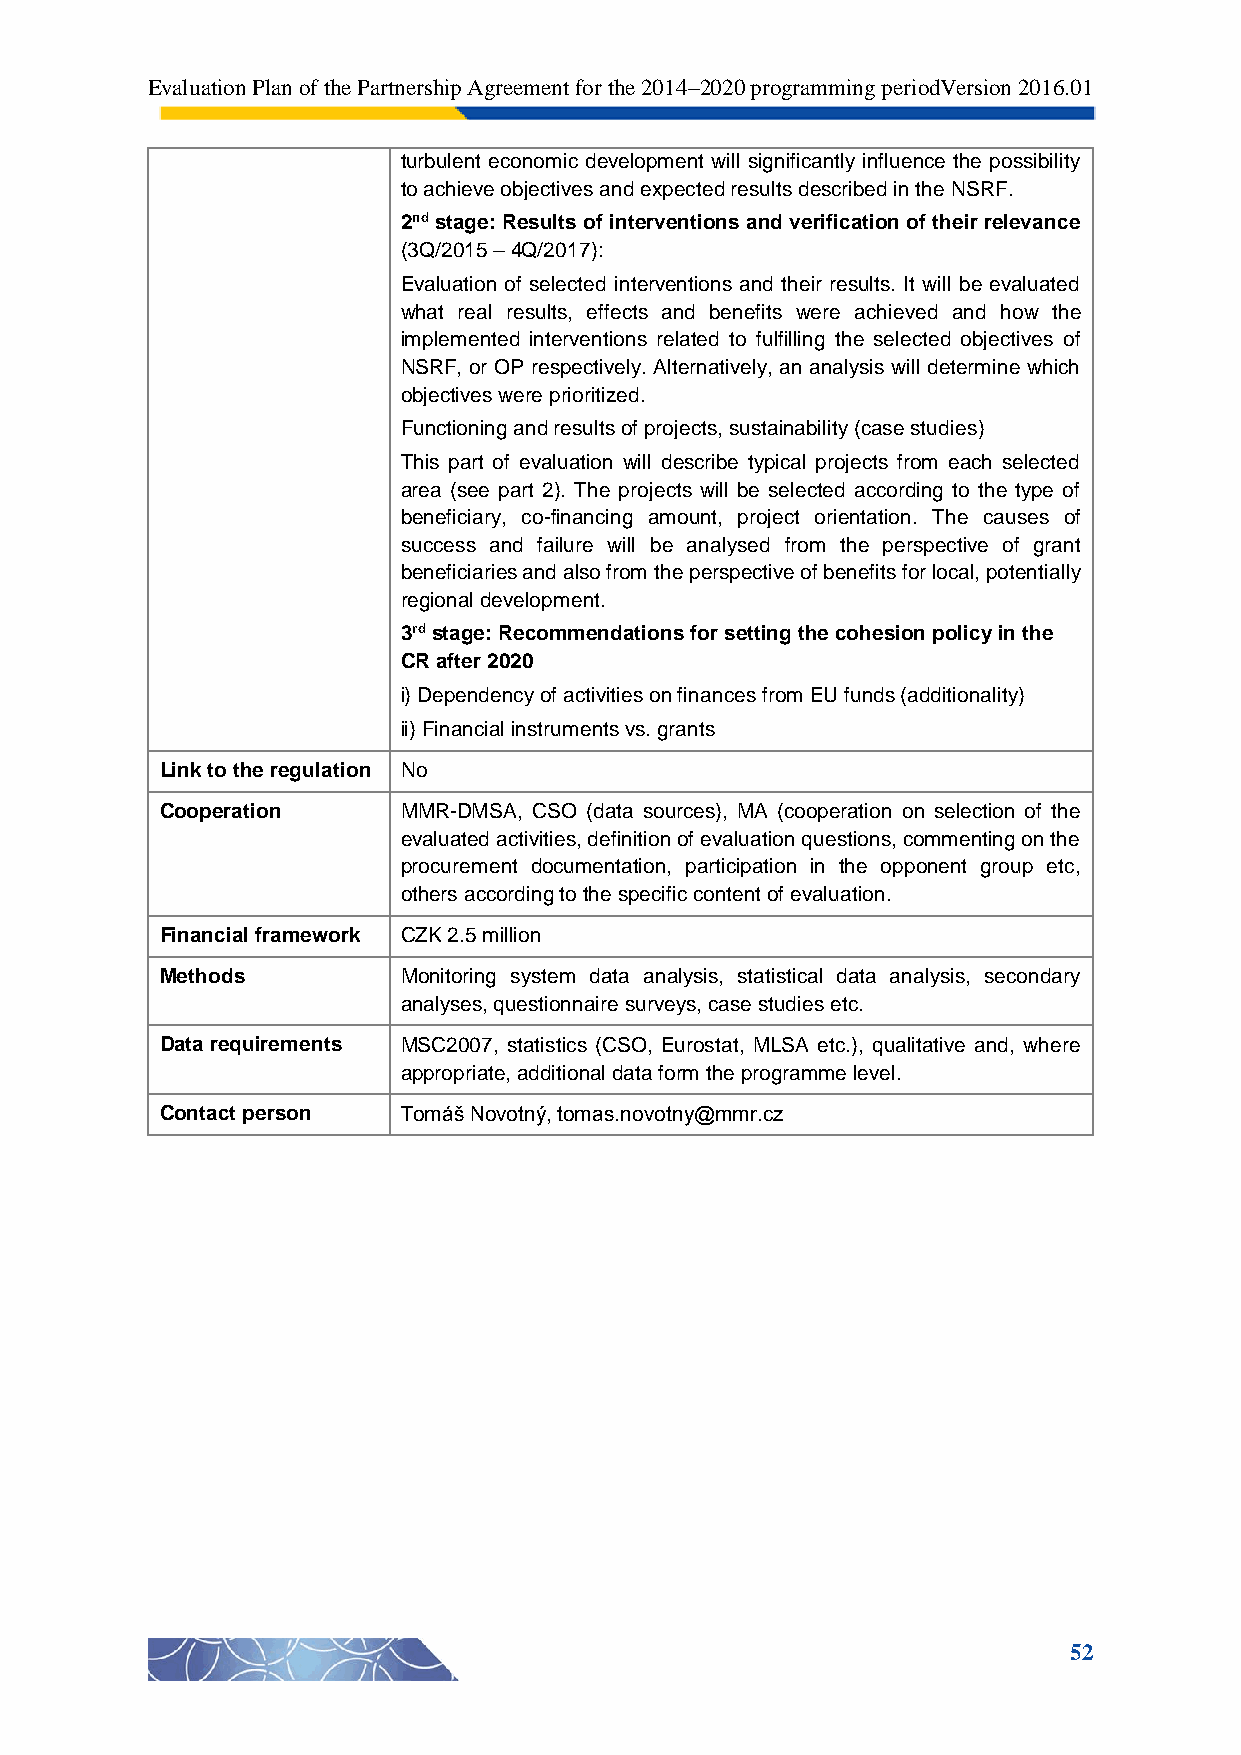
Evaluation Plan of the Partnership Agreement for the 2014–2020 programming periodVersion 2016.01
 turbulent economic development will significantly influence the possibility
 to achieve objectives and expected results described in the NSRF.
 2nd stage: Results of interventions and verification of their relevance
 (3Q/2015 – 4Q/2017):
 Evaluation of selected interventions and their results. It will be evaluated
 what real results, effects and benefits were achieved and how the
 implemented interventions related to fulfilling the selected objectives of
 NSRF, or OP respectively. Alternatively, an analysis will determine which
 objectives were prioritized.
 Functioning and results of projects, sustainability (case studies)
 This part of evaluation will describe typical projects from each selected
 area (see part 2). The projects will be selected according to the type of
 beneficiary, co-financing amount, project orientation. The causes of
 success and failure will be analysed from the perspective of grant
 beneficiaries and also from the perspective of benefits for local, potentially
 regional development.
 3rd stage: Recommendations for setting the cohesion policy in the
 CR after 2020
 i) Dependency of activities on finances from EU funds (additionality)
 ii) Financial instruments vs. grants
 Link to the regulation No
 Cooperation     MMR-DMSA, CSO (data sources), MA (cooperation on selection of the
 evaluated activities, definition of evaluation questions, commenting on the
 procurement documentation, participation in the opponent group etc,
 others according to the specific content of evaluation.
 Financial framework CZK 2.5 million
 Methods         Monitoring system data analysis, statistical data analysis, secondary
 analyses, questionnaire surveys, case studies etc.
 Data requirements MSC2007, statistics (CSO, Eurostat, MLSA etc.), qualitative and, where
 appropriate, additional data form the programme level.
 Contact person  Tomáš Novotný, tomas.novotny@mmr.cz
 52